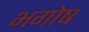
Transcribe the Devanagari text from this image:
भगोष